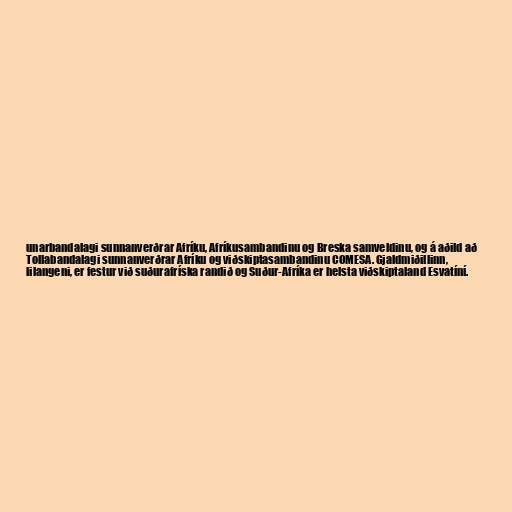
unarbandalagi sunnanverðrar Afríku, Afríkusambandinu og Breska samveldinu, og á aðild að
Tollabandalagi sunnanverðrar Afríku og viðskiptasambandinu COMESA. Gjaldmiðillinn,
lilangeni, er festur við suðurafríska randið og Suður-Afríka er helsta viðskiptaland Esvatíní.